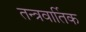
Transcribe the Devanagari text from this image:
तन्त्रवार्तिक